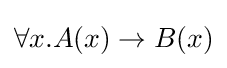
\forall x.A(x)\rightarrow B(x)